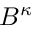
B ^ { \kappa }